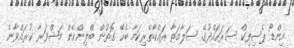
އިންޑޯ ޕެސިފިކް ސަރަހައްދުގެ ސަލާމަތާ ރަައްކާތެރިކަމާ ބެހޭ ގޮތުން ބްލިންކެން މަޝްވަރާ ކުރައްވާނެ